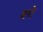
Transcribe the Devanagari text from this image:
शरो